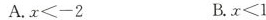
A.$$x < - 2$$ B.$$x < 1$$